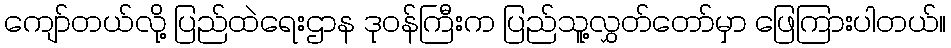
ကျော်တယ်လို့ ပြည်ထဲရေးဌာန ဒုဝန်ကြီးက ပြည်သူ့လွှတ်တော်မှာ ဖြေကြားပါတယ်။